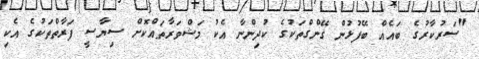
"ސަރުކާރުގެ ބައެއް ބޭފުޅުން ގޭންގްތަކުގެ ކުދިންނާ އެކު މަޝްވަރާތައްކޮށް ސިޔާސީ ފަރާތްތަކުގެ އެކި